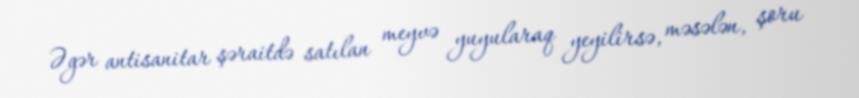
Əgər antisanitar şəraitdə satılan meyvə yuyularaq yeyilirsə, məsələn, şoru